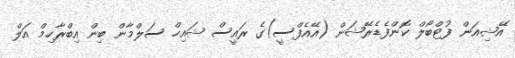
އޭޝިއަން ފުޓްބޯލް ކޮންފެޑެރޭޝަން (އޭއެފްސީ)ގެ ރައީސް ޝައިހް ސަލްމާން ބިން އިބްރާހިމް އަލް